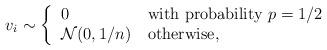
LaTeX: \begin{align*}v_i \sim \left\{\begin{tabular}{ll}0 & with probability $p=1/2$ \\$\mathcal{N}(0, 1/n)$ & otherwise,\end{tabular}\right.\end{align*}